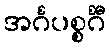
အင်္ဂပစ္စင်္ဂီ